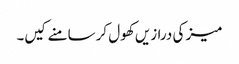
میز کی درازیں کھول کر سامنے کیں۔